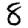
Digit: 8